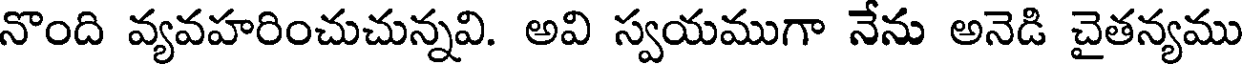
నొంది వ్యవహరించుచున్నవి. అవి స్వయముగా నేను అనెడి చైతన్యము